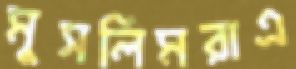
মুসলিমরাএ